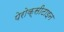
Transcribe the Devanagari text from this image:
पेरोक्सीटाइन